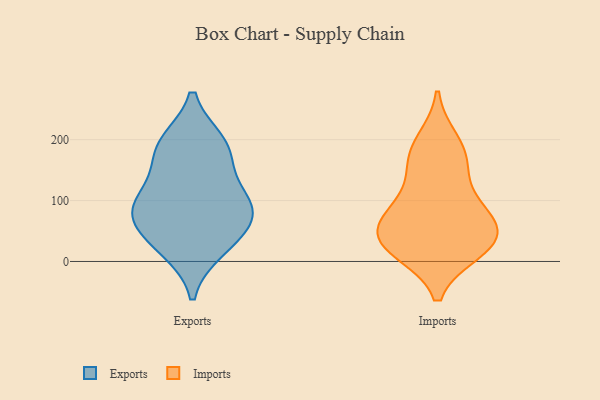
{"axis": {"x": "Temperature (°C)", "y": "Value"}, "legend": ["Exports", "Imports"], "data": [{"x": "", "y": 191, "type": "Exports"}, {"x": "", "y": 172, "type": "Exports"}, {"x": "", "y": 33, "type": "Exports"}, {"x": "", "y": 21, "type": "Exports"}, {"x": "", "y": 90, "type": "Exports"}, {"x": "", "y": 194, "type": "Exports"}, {"x": "", "y": 116, "type": "Exports"}, {"x": "", "y": 80, "type": "Exports"}, {"x": "", "y": 93, "type": "Exports"}, {"x": "", "y": 63, "type": "Exports"}, {"x": "", "y": 196, "type": "Imports"}, {"x": "", "y": 56, "type": "Imports"}, {"x": "", "y": 89, "type": "Imports"}, {"x": "", "y": 25, "type": "Imports"}, {"x": "", "y": 31, "type": "Imports"}, {"x": "", "y": 61, "type": "Imports"}, {"x": "", "y": 162, "type": "Imports"}, {"x": "", "y": 167, "type": "Imports"}, {"x": "", "y": 95, "type": "Imports"}, {"x": "", "y": 19, "type": "Imports"}, {"x": "", "y": 34, "type": "Imports"}]}